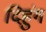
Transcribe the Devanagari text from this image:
दिहुंग